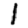
Digit: 1